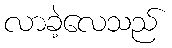
လာခဲ့လေသည်